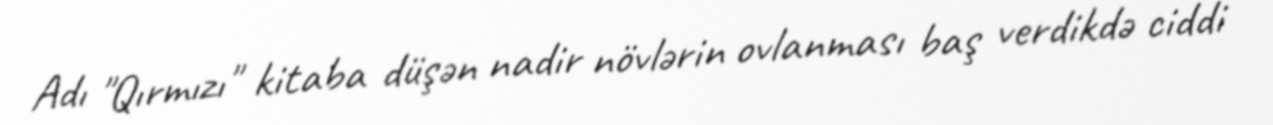
Adı "Qırmızı" kitaba düşən nadir növlərin ovlanması baş verdikdə ciddi